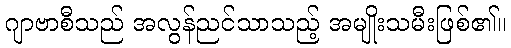
ဂျာဗာစီသည် အလွန်ညင်သာသည့် အမျိုးသမီးဖြစ်၏။